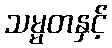
သမ္မတနှင့်